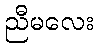
ညီမလေး